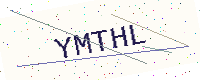
Text: YMTHL